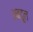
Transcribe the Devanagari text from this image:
अबदूल